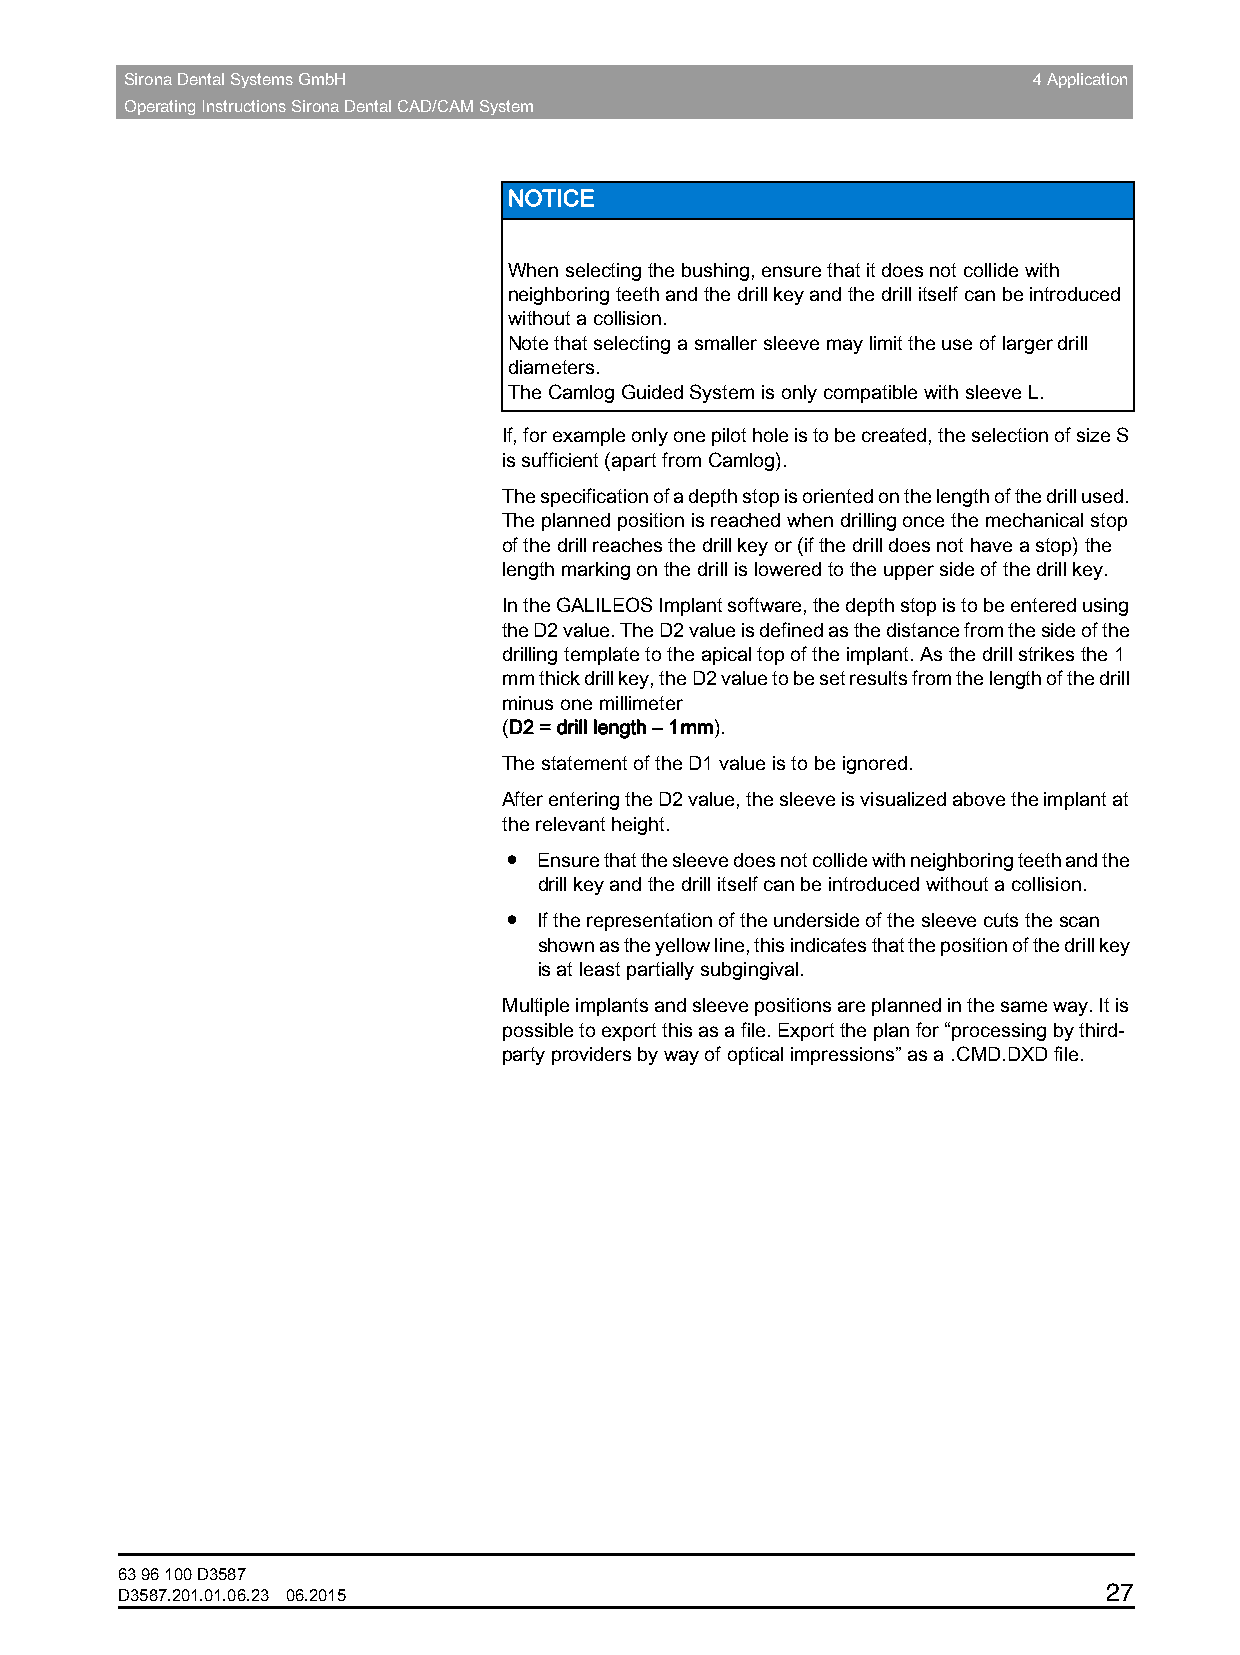
Sirona Dental Systems GmbH                                  4 Application
 Operating Instructions Sirona Dental CAD/CAM System
 NOTICE
 When selecting the bushing, ensure that it does not collide with
 neighboring teeth and the drill key and the drill itself can be introduced
 without a collision.
 Note that selecting a smaller sleeve may limit the use of larger drill
 diameters.
 The Camlog Guided System is only compatible with sleeve L.
 If, for example only one pilot hole is to be created, the selection of size S
 is sufficient (apart from Camlog).
 The specification of a depth stop is oriented on the length of the drill used.
 The planned position is reached when drilling once the mechanical stop
 of the drill reaches the drill key or (if the drill does not have a stop) the
 length marking on the drill is lowered to the upper side of the drill key.
 In the GALILEOS Implant software, the depth stop is to be entered using
 the D2 value. The D2 value is defined as the distance from the side of the
 drilling template to the apical top of the implant. As the drill strikes the 1
 mm thick drill key, the D2 value to be set results from the length of the drill
 minus one millimeter
 (D2 = drill length –1mm).
 The statement of the D1 value is to be ignored.
 After entering the D2 value, the sleeve is visualized above the implant at
 the relevant height.
 ●  Ensure that the sleeve does not collide with neighboring teeth and the
 drill key and the drill itself can be introduced without a collision.
 ●  If the representation of the underside of the sleeve cuts the scan
 shown as the yellow line, this indicates that the position of the drill key
 is at least partially subgingival.
 Multiple implants and sleeve positions are planned in the same way. It is
 possible to export this as a file. Export the plan for “processing by third-
 party providers by way of optical impressions” as a .CMD.DXD file.
 63 96 100 D3587
 27
 D3587.201.01.06.23 06.2015